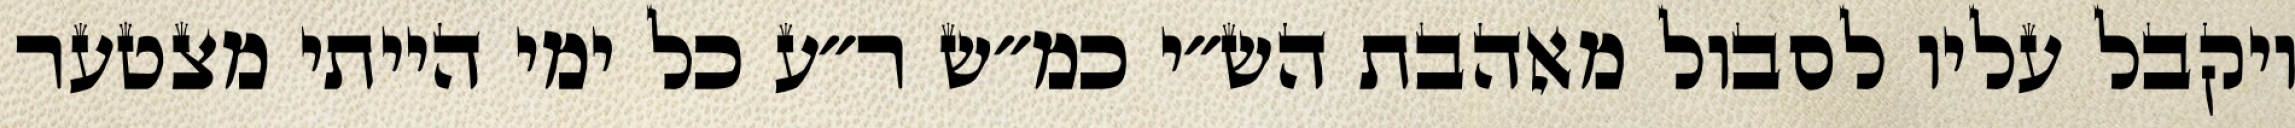
ויקבל עליו לסבול מאהבת הש״י כמ״ש ר״ע כל ימי הייתי מצטער